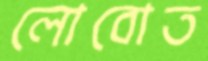
লোবোত